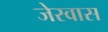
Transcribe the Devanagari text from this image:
जेरवास